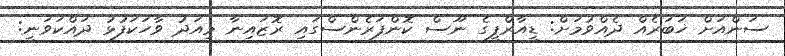
ސަންއަށް ޚަބަރެއް ދެއްވުމަށް: ޑީއާރްޕީގެ ނޫސް ކޮންފަރެންސްގައި ރޮޒައިނާ މިއަދު ވާހަކަފުޅު ދައްކަވަނީ: